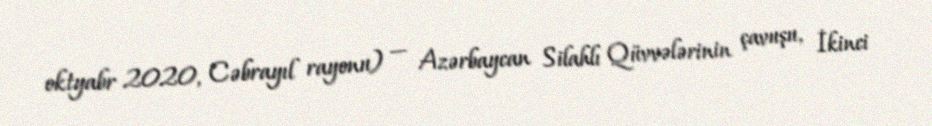
oktyabr 2020, Cəbrayıl rayonu) — Azərbaycan Silahlı Qüvvələrinin çavuşu, İkinci